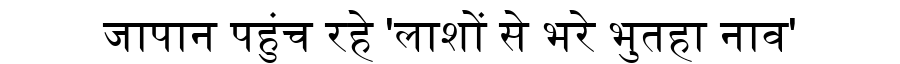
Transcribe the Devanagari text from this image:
जापान पहुंच रहे 'लाशों से भरे भुतहा नाव'